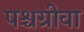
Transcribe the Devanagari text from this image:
पश्चग्रीवा